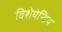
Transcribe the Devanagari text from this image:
विशेयेन्द्रिय